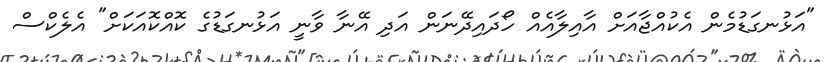
"އަޅުނގަޑުމެން އެކުއްޖާއަށް އާއިލާއެއް ހޯދައިދޭނަން އަދި އޭނާ ވާނީ އަޅުނގަޑުގެ ކޮއްކޮއަކަށް" އެލެކްސް